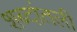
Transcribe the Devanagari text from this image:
शब्दांतली